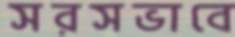
সরসভাবে